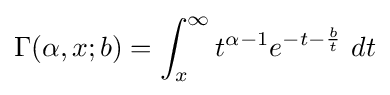
\Gamma (\alpha ,x;b)=\int _{x}^{\infty }t^{\alpha -1}e^{-t-{\frac {b}{t}}}~dt